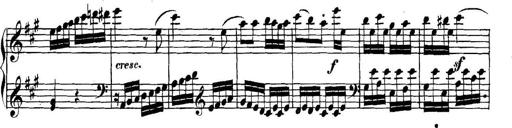
Title: Collected Piano Sonatas
Composer: Muzio Clementi